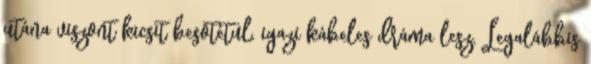
utána viszont kicsit besötétül, igazi kábeles dráma lesz. Legalábbis